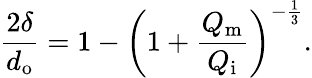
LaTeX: \frac{2\delta}{d_{\mathrm{o}}}=1-\left(1+\frac{Q_{\mathrm{m}}}{Q_{\mathrm{i}}}\right)^{-\frac{1}{3}}.